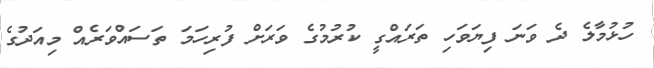
ހުޅުމާލެ ދެ ވަނަ ފިޔަވަހި ތަރައްގީ ކުރުމުގެ ވަރަށް ފުރިހަމަ ތަސައްވަރެއް މިއަދުގެ